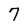
Character: 7